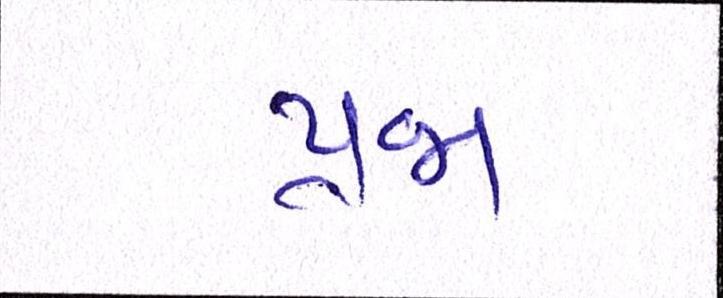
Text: પ્રજા